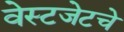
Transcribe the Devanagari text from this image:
वेस्टजेटचे